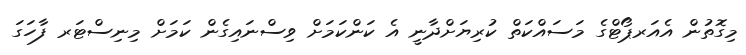
މިގޮތުން އެއަރޕޯޓްގެ މަސައްކަތް ކުރިޔަށްދާނީ އެ ކަންކަމަށް ވިސްނައިގެން ކަމަށް މިނިސްޓަރ ފާހަގަ